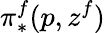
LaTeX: \pi_{*}^{f}(p,z^{f})